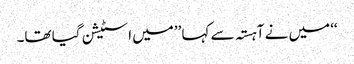
‘‘ میں نے آہستہ سے کہا ’’میں اسٹیشن گیا تھا۔